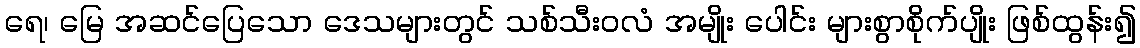
ရေ၊ မြေ အဆင်ပြေသော ဒေသများတွင် သစ်သီးဝလံ အမျိုး ပေါင်း များစွာစိုက်ပျိုး ဖြစ်ထွန်း၍